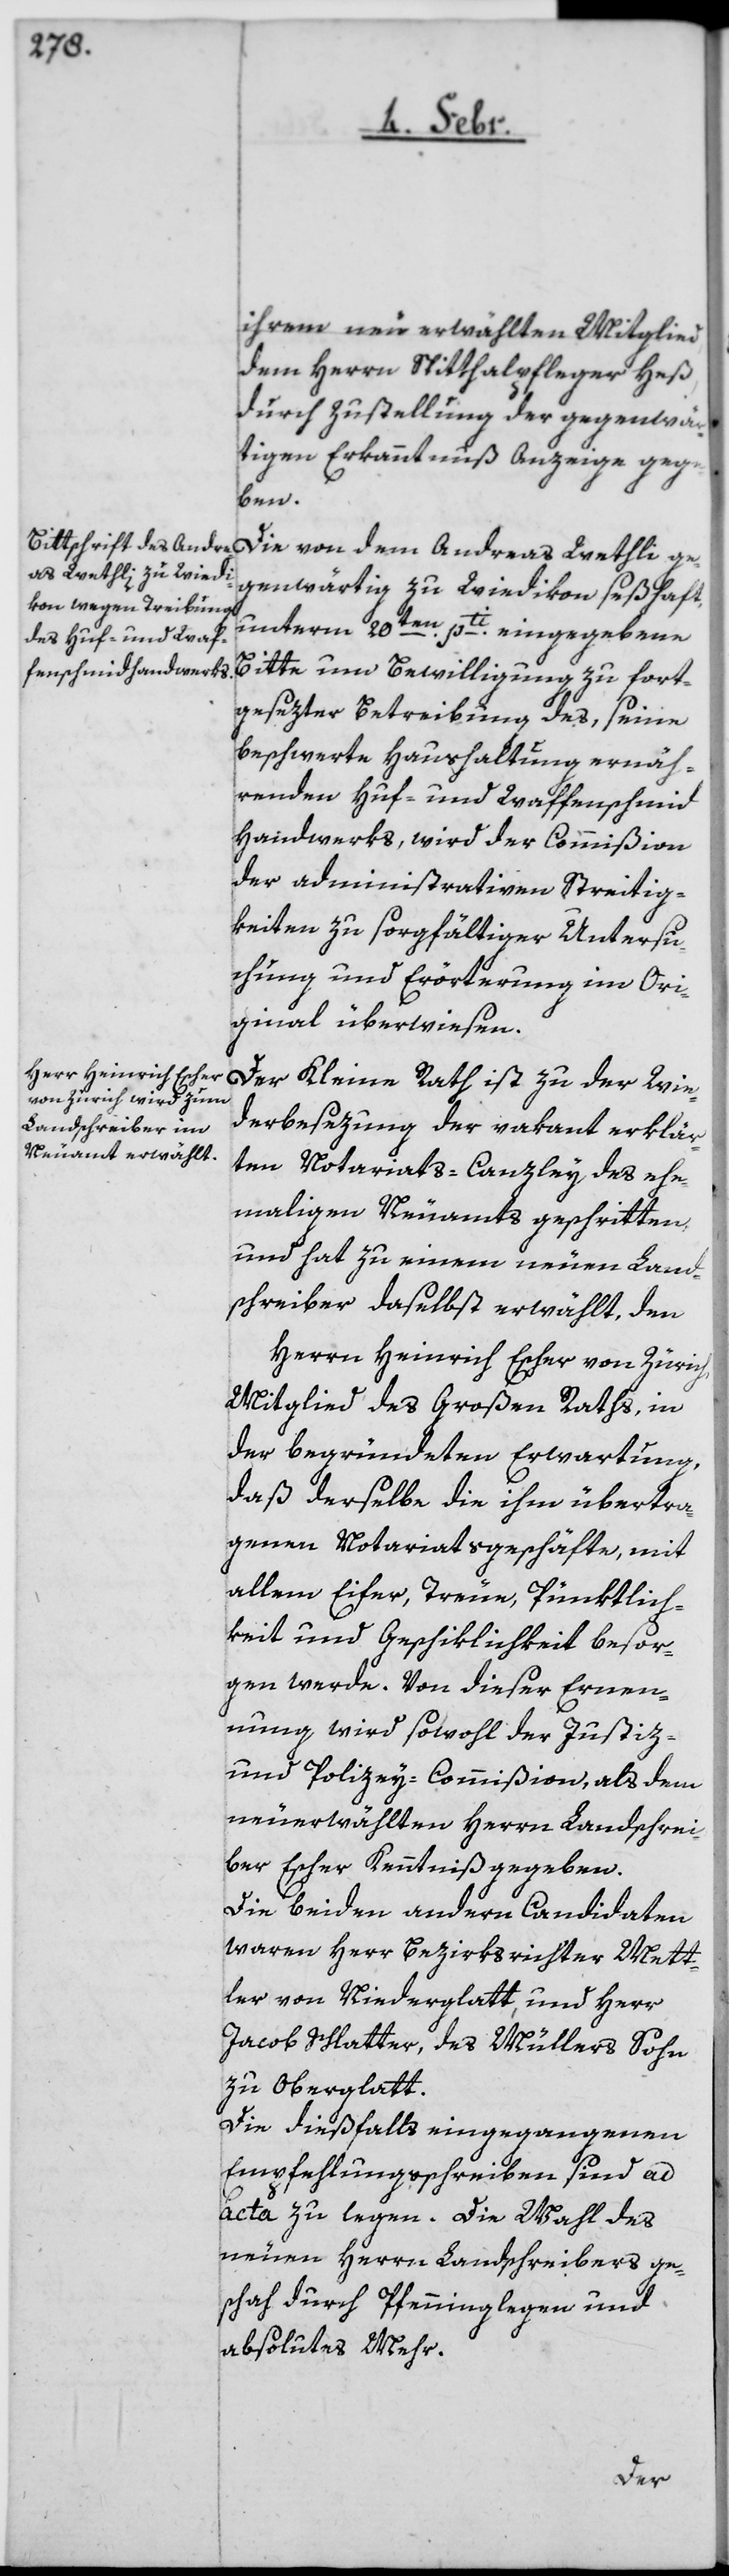
ihrem neu erwählten Mitglied,
dem Herrn Spitthalpfleger Heß,
durch Zustellung der gegenwär¬
tigen Erkanntnuß Anzeige gege¬
ben.
Die von dem Andreas Wethli ge¬
genwärtig zu Wiedikon seßhaft,
unterm 20sten pti. eingegebene
Bitte um Bewilligung zu fort¬
gesetzter Betreibung des, seine
beschwerte Haushaltung ernäh¬
renden Huf- und Waffenschmie¬
d-Handwerks, wird der Commißion
der administrativen Streitig¬
keiten zu sorgfältiger Untersu¬
chung und Erörterung im Ori¬
ginal überwiesen.T¬
Der Kleine Rath ist zu der Wie¬
derbesetzung der vakant erklär¬
ten Notariats-Canzley des ehe¬
maligen Neuamts geschritten,
und hat zu einem neuen Land¬
schreiber daselbst erwählt, den
Herrn Heinrich Escher von Zürich,
Mitglied des Großen Raths, in
der begründeten Erwartung,
daß derselbe die ihm übertra¬
genen Notariatsgeschäfte mit
allem Eifer, Treue, Pünktlich¬
keit und Geschicklichkeit besor¬
gen werde. Von dieser Ernen¬
nung wird sowohl der Justiz-
und Polizeycommißion als dem
neuerwählten Herrn Landschrei¬
ber Escher Kenntniß gegeben.
Die beiden andern Kandidaten
waren Herr Bezirksrichter Mett¬
ler von Niederglatt und Herr
Jakob Schlatter, des Müllers Sohn
zu Oberglatt.
Die dießfalls eingegangenen
Empfehlungsschreiben sind ad
acta zu legen. Die Wahl des
neuen Herrn Landschreibers ge¬
schah durch Pfenninglegen und
absolutes Mehr.
ext